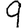
Digit: 9